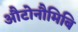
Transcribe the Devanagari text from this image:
औटोनौमिबि